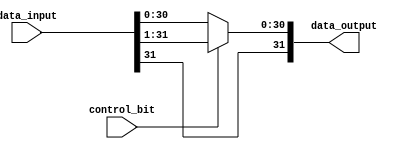
module my_1bit_rightshifter(data_input, control_bit, data_output);

	input [31:0] data_input;
	input control_bit;
	
	wire [31:0] shifted;
	
	output [31:0] data_output;
	
	
	genvar k;
	generate
	for(k = 0; k < 31; k = k+1) begin: my1RightShiftLoop
		assign shifted[k] = data_input[k+1];
    end
	endgenerate
    
    assign shifted[31] = data_input[31];
	
	assign data_output = control_bit ? shifted : data_input;
	
	
	
endmodule